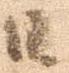
日